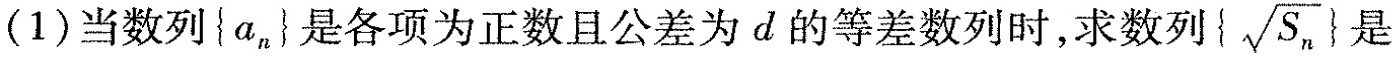
(1)当数列{a_{n} 是各项为正数且公差为 d 的等差数列时，求数列{ \sqrt{S_{n}}} 是